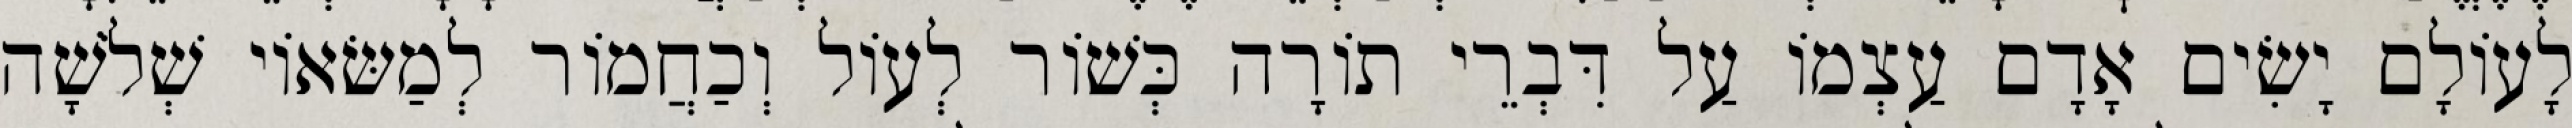
לָעוֹלָם יָשִׂים אָדָם עַצְמוֹ עַל דִּבְרֵי תוֹרָה כְּשׁוֹר לְעוֹל וְכַחֲמוֹר לְמַשּׂאוֹי שְׁלֹשָׁה